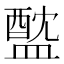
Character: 𥂘